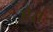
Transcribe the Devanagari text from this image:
ऐर।